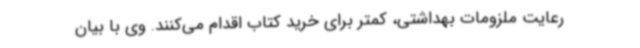
رعایت ملزومات بهداشتی، کمتر برای خرید کتاب اقدام می‌کنند. وی با بیان